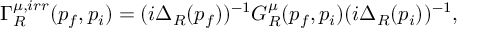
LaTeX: \Gamma _ { R } ^ { \mu , i r r } ( p _ { f } , p _ { i } ) = ( i \Delta _ { R } ( p _ { f } ) ) ^ { - 1 } G _ { R } ^ { \mu } ( p _ { f } , p _ { i } ) ( i \Delta _ { R } ( p _ { i } ) ) ^ { - 1 } ,